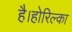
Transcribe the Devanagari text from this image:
है।होरिल्का